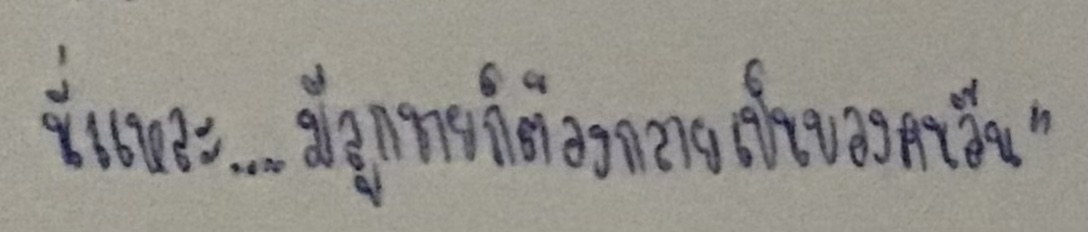
นี่แหละ....มีลูกชายก็ต้องกลายเป็นของคนอื่น"